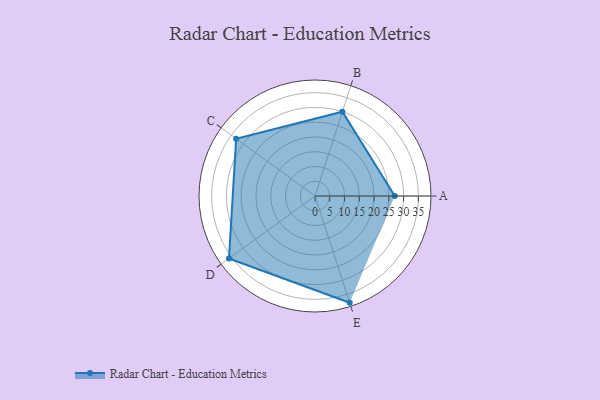
{"axis": {"x": "Skill", "y": "Score"}, "legend": ["Profile"], "data": [{"x": "A", "y": 27.0, "type": "Profile"}, {"x": "B", "y": 30.0, "type": "Profile"}, {"x": "C", "y": 33.0, "type": "Profile"}, {"x": "D", "y": 36.0, "type": "Profile"}, {"x": "E", "y": 38.0, "type": "Profile"}]}